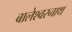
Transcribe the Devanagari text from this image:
बालेश्वरनाथ